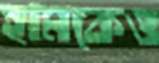
হামকেও